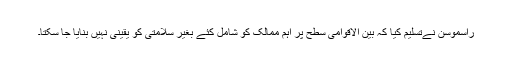
راسموسن نےتسلیم کیا کہ بین الاقوامی سطح پر اہم ممالک کو شامل کئے بغیر سلامتی کو یقینی نہیں بنایا جا سکتا۔